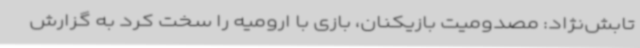
تابش‌نژاد: مصدومیت بازیکنان، بازی با ارومیه را سخت کرد به‌ گزارش